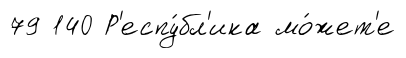
79 140 Р'еспу́бл'ика мо́жет'е